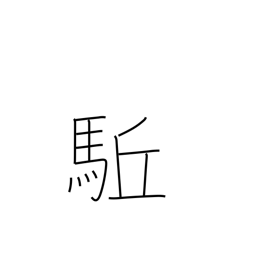
Meaning: advance